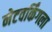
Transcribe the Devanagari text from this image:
नेटवर्किंगला